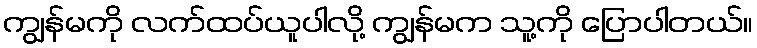
ကျွန်မကို လက်ထပ်ယူပါလို့ ကျွန်မက သူ့ကို ပြောပါတယ်။